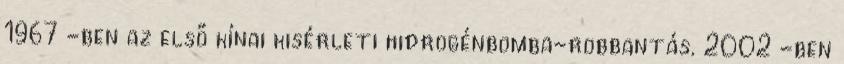
1967 -ben az első kínai kisérleti hidrogénbomba-robbantás. 2002 -ben